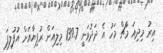
އިރު މިދިއަ މާޗް މަހު އެ ދަދުވަނީ 139.7 މިލިއަން ރުފިޔާއަށް އުފުލިފަ